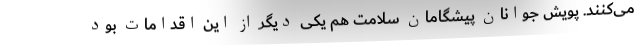
می‌کنند. پویش جوانان پیشگامان سلامت هم یکی دیگر از این اقدامات بود